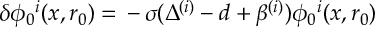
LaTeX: \delta \phi _ { 0 } { } ^ { i } ( x , r _ { 0 } ) = \, - \, \sigma ( \Delta ^ { ( i ) } - d + \beta ^ { ( i ) } ) \phi _ { 0 } { } ^ { i } ( x , r _ { 0 } )